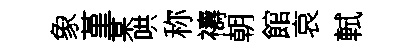
象堇某哄称禱朝館哀軾